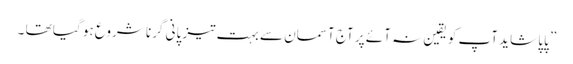
” پاپا شاید آپ کو یقین نہ آئے پر آج آسمان سے بہت تیز پانی گرنا شروع ہو گیا تھا ۔